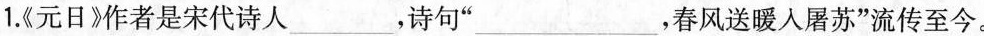
1.《元日》作者是宋代诗人___，诗句”___，春风送暖入屠苏”流传至今。